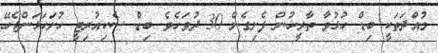
މުއްދަތަކީ ބިޑް ހުޅުވާ ތާރީހުން ފެށިގެން 30 ދުވަހެވެ. ބިޑް ސެކިއުރިޓީ ހުށަހަޅަންޖެހޭ